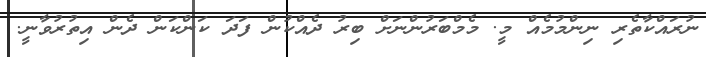
ނުރައްކާތެރި ނިންމުމެއް މީ. މެމްބަރުންނަށް ބިރު ދެއްކުން ފަދަ ކަންކަން ދެން އިތުރުވާނީ.